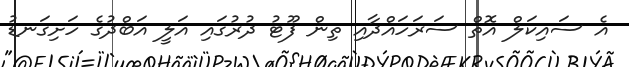
އެ ސައިކަލް އޮތް ސަރަހައްދާއި ތިން ފޫޓު ދުރުގައި އަލީ އަބްދުގެ ހަށިގަނޑު